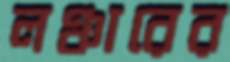
লঞ্চারের